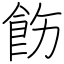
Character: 飭